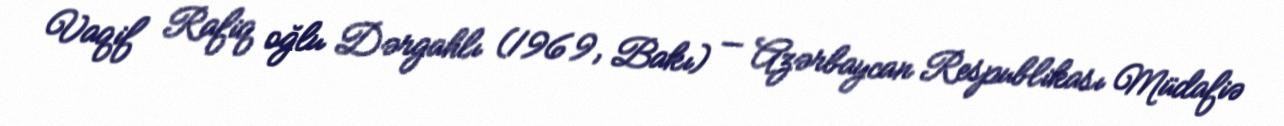
Vaqif Rafiq oğlu Dərgahlı (1969, Bakı) — Azərbaycan Respublikası Müdafiə